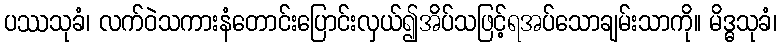
ပဿသုခံ၊ လက်ဝဲသကားနံတောင်းပြောင်းလှယ်၍အိပ်သဖြင့်ရအပ်သောချမ်းသာကို။ မိဒ္ဓသုခံ၊